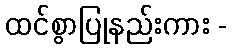
ထင်စွာပြုနည်းကား -